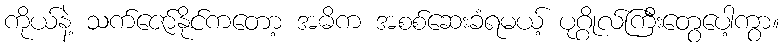
ကိုယ်နဲ့ သက်ဇော်နိုင်ကတော့ အဓိက အစစ်ဆေးခံရမယ့် ပုဂ္ဂိုလ်ကြီးတွေပေါ့ကွာ။